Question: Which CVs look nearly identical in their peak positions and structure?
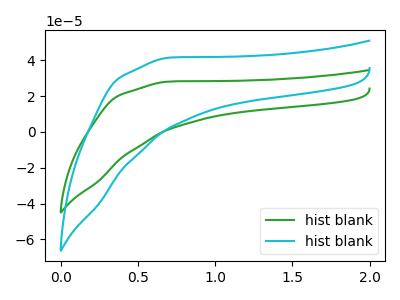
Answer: <think>The green curve "hist blank1" has no peaks. The cyan curve "hist blank2" has no peaks.
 Neither "hist blank1" or "hist blank2" have any peaks.</think>
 <answer>"hist blank1" and "hist blank2" have the same shape and are likely CV's of the same chemical.</answer>
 <eval>"hist blank1" "hist blank2"</eval>